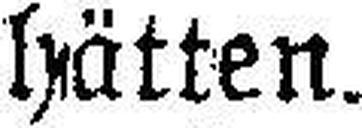
hätten.